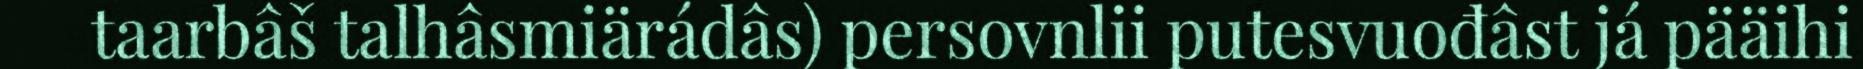
taarbâš talhâsmiärádâs) persovnlii putesvuođâst já pääihi